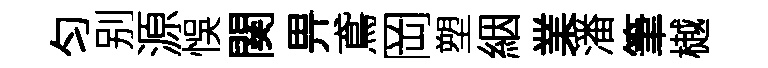
匀别源悞関畀鳶岡塑絪業潘筆樾